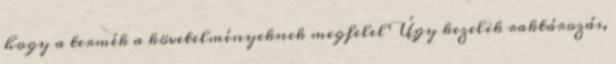
hogy a termék a követelményeknek megfelel Úgy kezelik raktározás,